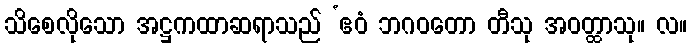
သိစေလိုသော အဋ္ဌကထာဆရာသည် ‘ဧဝံ ဘဂဝတော တီသု အဝတ္ထာသု။ လ။